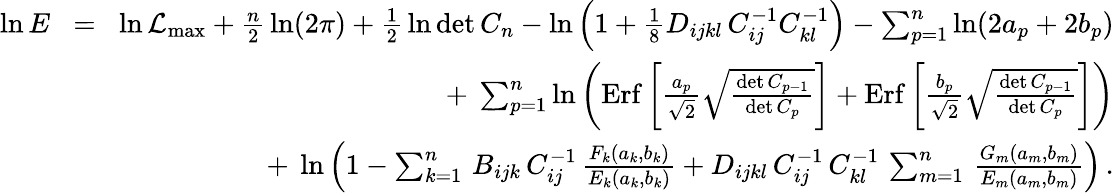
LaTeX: \begin{array}{rlr}{\ln E}&{\! =\! }&{\ln{\cal L}_{\mathrm{max}}+{\frac{n}{2}}\ln(2\pi)+{\frac{1}{2}}\ln\operatorname*{det}C_{n}-\ln\left(1+{\frac{1}{8}}D_{ijkl}\, C_{ij}^{-1}C_{kl}^{-1}\right)-\sum_{p=1}^{n}\ln(2a_{p}+2b_{p})}\\ &{}&{+\ \sum_{p=1}^{n}\ln\left(\mathrm{Erf}\left[{\frac{a_{p}}{\sqrt 2}}\sqrt{\frac{\operatorname*{det}C_{p-1}}{\operatorname*{det}C_{p}}}\right]+\mathrm{Erf}\left[{\frac{b_{p}}{\sqrt 2}}\sqrt{\frac{\operatorname*{det}C_{p-1}}{\operatorname*{det}C_{p}}}\right]\right)}\\ &{}&{+\ \ln\left(1-\sum_{k=1}^{n}\, B_{ijk}\, C_{ij}^{-1}\, {\frac{F_{k}(a_{k},b_{k})}{E_{k}(a_{k},b_{k})}}+D_{ijkl}\, C_{ij}^{-1}\, C_{kl}^{-1}\, \sum_{m=1}^{n}\, {\frac{G_{m}(a_{m},b_{m})}{E_{m}(a_{m},b_{m})}}\right)\, .}\end{array}